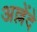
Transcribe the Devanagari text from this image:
अल्लेंदे